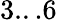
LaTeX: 3...6